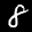
Label: 8